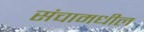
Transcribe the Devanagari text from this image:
संचामधील